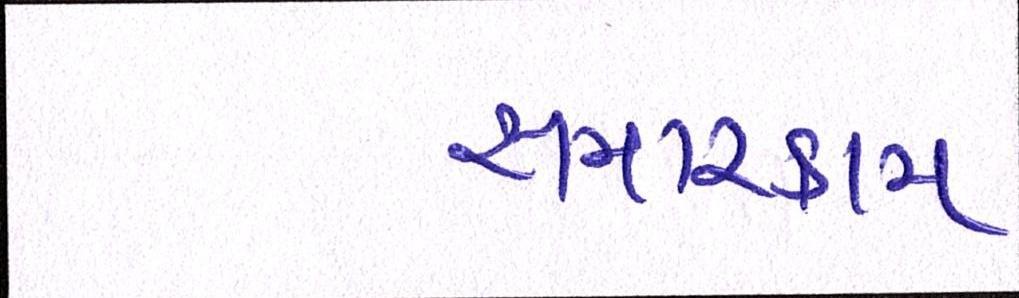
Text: સમારકામ